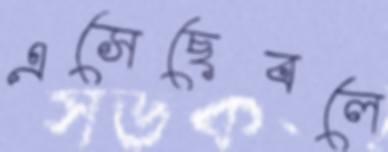
এসেছেবলে